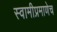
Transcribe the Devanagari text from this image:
स्वामीप्रमाणेच